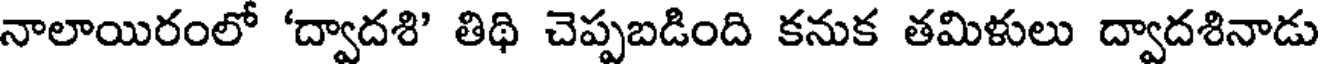
నాలాయిరంలో 'ద్వాదశి' తిథి చెప్పబడింది కనుక తమిళులు ద్వాదశినాడు